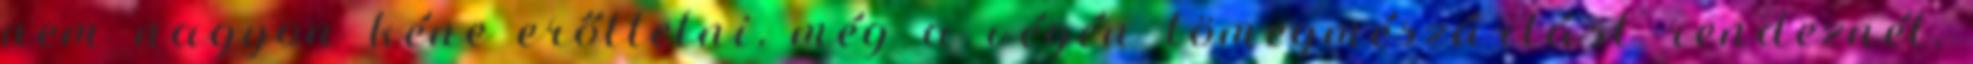
nem nagyon kéne erőltetni, még a végén tömegmészárlást rendeznél,